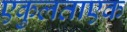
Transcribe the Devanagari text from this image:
एकुलताएक